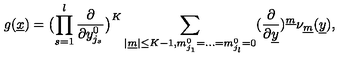
g ( \underline { { x } } ) = \bigl ( \prod _ { s = 1 } ^ { l } \frac { \partial } { \partial y _ { j _ { s } } ^ { 0 } } \bigr ) ^ { K } \sum _ { | \underline { { m } } | \leq K - 1 , m _ { j _ { 1 } } ^ { 0 } = . . . = m _ { j _ { l } } ^ { 0 } = 0 } ( \frac { \partial } { \partial \underline { { y } } } ) ^ { \underline { { m } } } \nu _ { \underline { { m } } } ( \underline { { y } } ) ,